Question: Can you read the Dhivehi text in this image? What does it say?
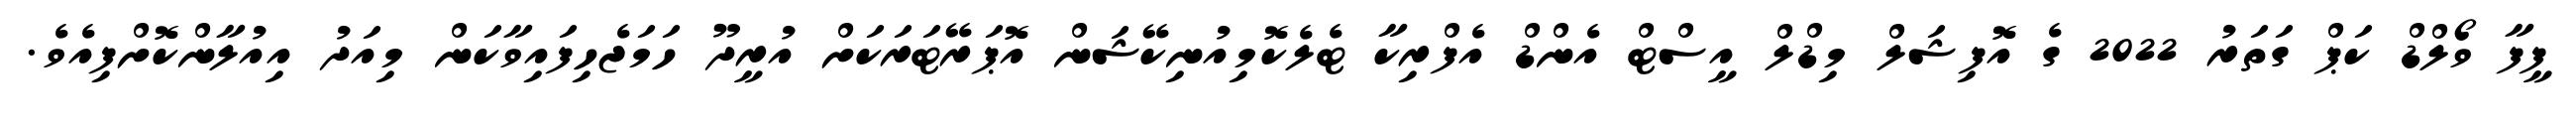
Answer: ފީފާ ވޯލްޑް ކަޕް ގަތަރު 2022 ގެ އޮފިޝަލް މިޑްލް އީސްޓް އެންޑް އެފްރިކާ ޓެލެކޮމިއުނިކޭޝަން އޮޕަރޭޓަރަކަށް އުރީދޫ ހަމަޖެހިފައިވާކަން މިއަދު އިއުލާންކޮށްފިއެވެ.